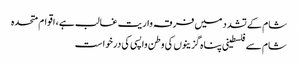
شام کے تشدد میں فرقہ واریت غالب ہے، اقوام متحدہ
شام سےفلسطینی پناہ گزینوں کی وطن واپسی کی درخواست